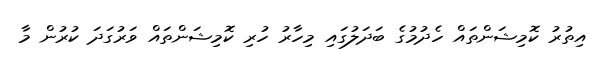
އިތުރު ކޮމިޝަންތައް ހެދުމުގެ ބަދަލުގައި މިހާރު ހުރި ކޮމިޝަންތައް ވަރުގަދަ ކުރުން މާ